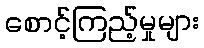
စောင့်ကြည့်မှုများ